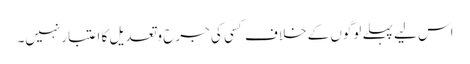
اس لیے پہلے لوگوں کے خلاف کسی کی جرح وتعدیل کا اعتبارنہیں۔